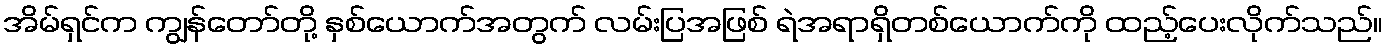
အိမ်ရှင်က ကျွန်တော်တို့ နှစ်ယောက်အတွက် လမ်းပြအဖြစ် ရဲအရာရှိတစ်ယောက်ကို ထည့်ပေးလိုက်သည်။